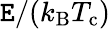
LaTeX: \mathtt{E}/(k_{\textrm{{B}}}T_{\textrm{{c}}})